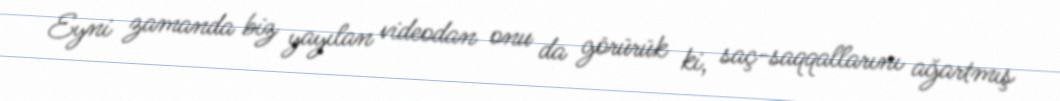
Eyni zamanda biz yayılan videodan onu da görürük ki, saç-saqqallarını ağartmış